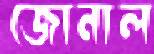
জোনাল